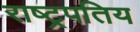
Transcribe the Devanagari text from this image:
राष्ट्रपतिय